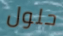
حلول